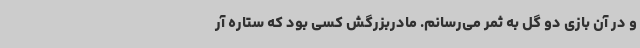
و در آن بازی دو گل به ثمر می‌رسانم. مادربزرگش کسی بود که ستاره آر